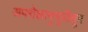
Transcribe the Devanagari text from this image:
अपरोक्षानुभूतीतून